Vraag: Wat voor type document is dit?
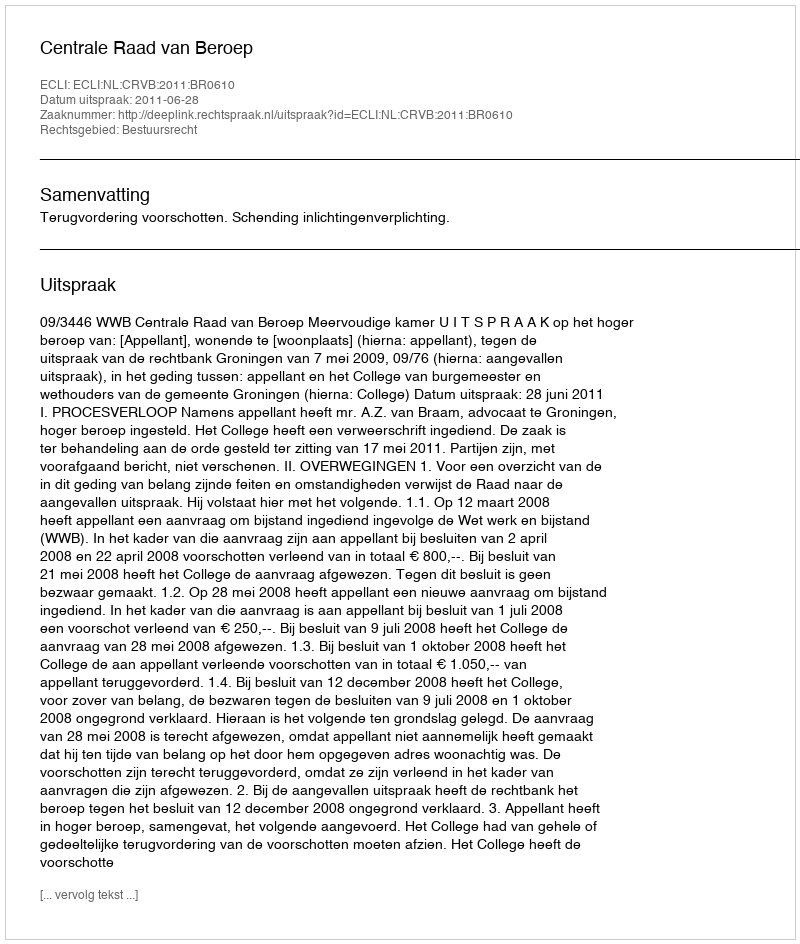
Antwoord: Uitspraak